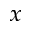
_ x